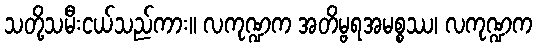
သတို့သမီးငယ်သည်ကား။ လကုဏ္ဍက အတိမ္ဗရအမစ္စဿ၊ လကုဏ္ဍက